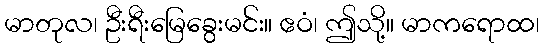
မာတုလ၊ ဦးရီးမြေခွေးမင်း။ ဧဝံ၊ ဤသို့။ မာကရောထ၊